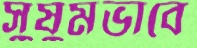
সুষুমভাবে